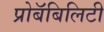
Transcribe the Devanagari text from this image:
प्रोबॅबिलिटी